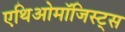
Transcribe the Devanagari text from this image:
एथिओमॉजिस्ट्स